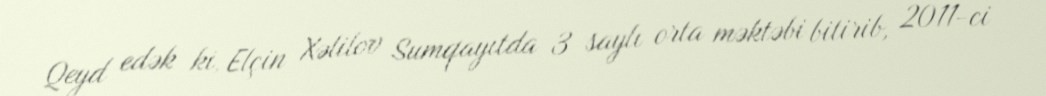
Qeyd edək ki, Elçin Xəlilov Sumqayıtda 3 saylı orta məktəbi bitirib, 2011-ci